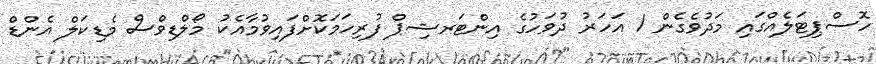
ހޮސްޕިޓަލެއްގައި މަދުވެގެން 1 އަހަރު ދުވަހުގެ އިންޓަރޝިޕް ފުރިހަމަކޮށްފައިވުމާއެކު މޯލްޑިވްސް މެޑިކަލް އެންޑް